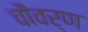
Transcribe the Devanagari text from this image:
चौवर्ण